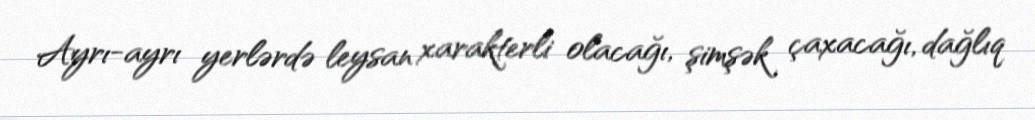
Ayrı-ayrı yerlərdə leysan xarakterli olacağı, şimşək çaxacağı, dağlıq